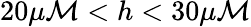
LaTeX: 20\mu\mathcal{M}<h<30\mu\mathcal{M}